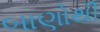
બાણોથી